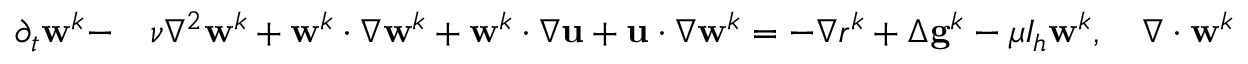
\begin{array} { r l } { \partial _ { t } \mathbf { w } ^ { k } - } & { { } \nu \nabla ^ { 2 } \mathbf { w } ^ { k } + \mathbf { w } ^ { k } \cdotp \nabla \mathbf { w } ^ { k } + \mathbf { w } ^ { k } \cdotp \nabla \mathbf { u } + \mathbf { u } \cdotp \nabla \mathbf { w } ^ { k } = - \nabla r ^ { k } + \Delta \mathbf { g } ^ { k } - \mu I _ { h } \mathbf { w } ^ { k } , \quad \nabla \cdotp \mathbf { w } ^ { k } = 0 } \end{array}